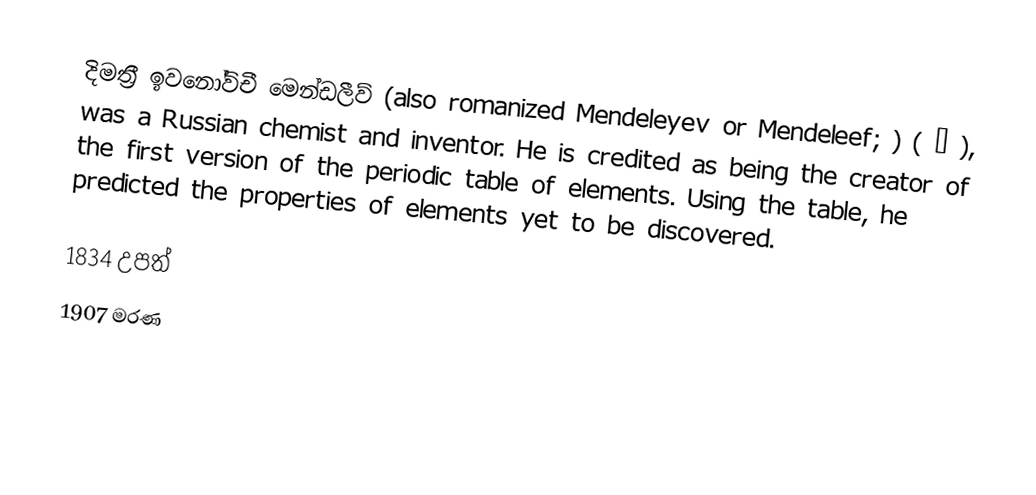
දිමත්‍රී ඉවනෝවිචී මෙන්ඩලීව් (also romanized Mendeleyev or Mendeleef;  ) ( – ), was a Russian chemist and inventor. He is credited as being the creator of the first version of the periodic table of elements. Using the table, he predicted the properties of elements yet to be discovered.

1834 උපත්
1907 මරණ